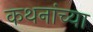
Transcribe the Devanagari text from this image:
कथनांच्या